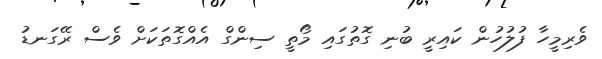
ވެރިމީހާ ފުލުހުން ކައިރީ ބުނި ގޮތުގައި މޯތީ ސިންގް އެއްގޮތަކަށް ވެސް ރޭގަނޑު